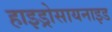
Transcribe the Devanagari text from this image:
हाइड्रोसायनाइड